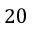
2 0